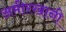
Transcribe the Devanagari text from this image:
अमीरखानी